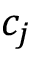
c _ { j }